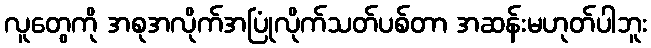
လူတွေကို အစုအလိုက်အပြုံလိုက်သတ်ပစ်တာ အဆန်းမဟုတ်ပါဘူး